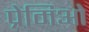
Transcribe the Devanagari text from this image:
प्रेमिओ